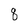
Character: 8